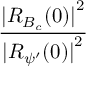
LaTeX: \frac { { \mid } R _ { B _ { c } } ( 0 ) { \mid } ^ { 2 } } { { \mid } R _ { { \psi } ^ { \prime } } ( 0 ) { \mid } ^ { 2 } }